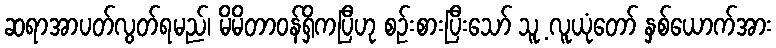
ဆရာအာပတ်လွတ်ရမည်၊ မိမိတာဝန်ရှိကပြီဟု စဉ်းစားပြီးသော် သူ့ လူယုံတော် နှစ်ယောက်အား